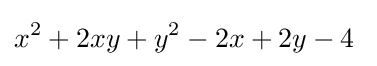
x^{2}+2xy+y^{2}-2x+2y-4\